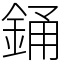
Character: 銿